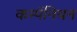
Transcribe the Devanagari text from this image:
कम्पॅनियन